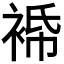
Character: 𧚓